Document type: Sale
Year: 1235
Scribe: Pere de Bages
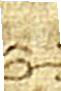
Sig